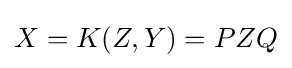
X=K(Z,Y)=PZQ